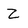
Character: Z